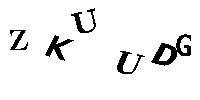
ZKUUDG